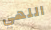
اللهي